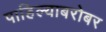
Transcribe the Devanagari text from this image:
पाहिल्याबरोबर